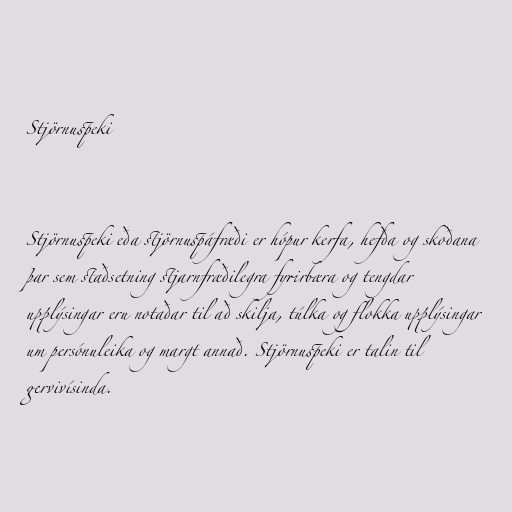
Stjörnuspeki

Stjörnuspeki eða stjörnuspáfræði er hópur kerfa, hefða og skoðana
þar sem staðsetning stjarnfræðilegra fyrirbæra og tengdar
upplýsingar eru notaðar til að skilja, túlka og flokka upplýsingar
um persónuleika og margt annað. Stjörnuspeki er talin til
gervivísinda.